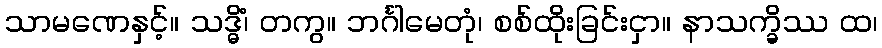
သာမဏေနှင့်။ သဒ္ဓိံ၊ တကွ။ ဘင်္ဂါမေတုံ၊ စစ်ထိုးခြင်းငှာ။ နာသက္ခိဿ ထ၊